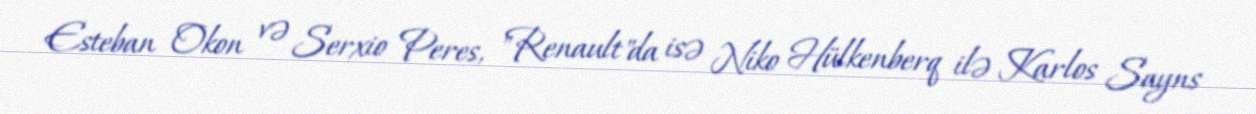
Esteban Okon və Serxio Peres, "Renault"da isə Niko Hülkenberq ilə Karlos Sayns